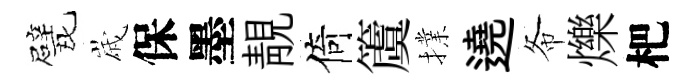
戏𡻕保墨靚倚𥵂擈遶𢁙爍杷